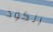
الكود